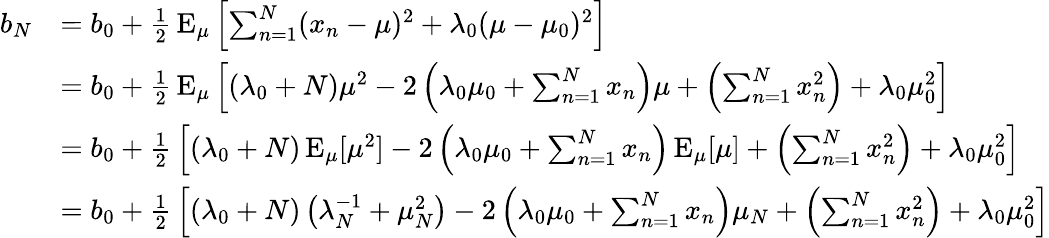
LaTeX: {\begin{array}{rl}{b_{N}}&{=b_{0}+{\frac{1}{2}}\operatorname{E}_{\mu}\left[\sum_{n=1}^{N}(x_{n}-\mu)^{2}+\lambda_{0}(\mu-\mu_{0})^{2}\right]}\\ &{=b_{0}+{\frac{1}{2}}\operatorname{E}_{\mu}\left[(\lambda_{0}+N)\mu^{2}-2\left(\lambda_{0}\mu_{0}+\sum_{n=1}^{N}x_{n}\right)\mu+\left(\sum_{n=1}^{N}x_{n}^{2}\right)+\lambda_{0}\mu_{0}^{2}\right]}\\ &{=b_{0}+{\frac{1}{2}}\left[(\lambda_{0}+N)\operatorname{E}_{\mu}[\mu^{2}]-2\left(\lambda_{0}\mu_{0}+\sum_{n=1}^{N}x_{n}\right)\operatorname{E}_{\mu}[\mu]+\left(\sum_{n=1}^{N}x_{n}^{2}\right)+\lambda_{0}\mu_{0}^{2}\right]}\\ &{=b_{0}+{\frac{1}{2}}\left[(\lambda_{0}+N)\left(\lambda_{N}^{-1}+\mu_{N}^{2}\right)-2\left(\lambda_{0}\mu_{0}+\sum_{n=1}^{N}x_{n}\right)\mu_{N}+\left(\sum_{n=1}^{N}x_{n}^{2}\right)+\lambda_{0}\mu_{0}^{2}\right]}\end{array}}